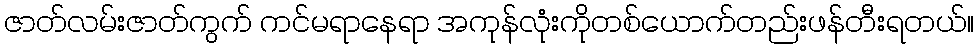
ဇာတ်လမ်းဇာတ်ကွက် ကင်မရာနေရာ အကုန်လုံးကိုတစ်ယောက်တည်းဖန်တီးရတယ်။